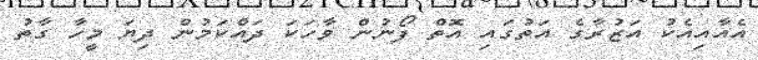
އެއާއިއެކު އަޒުރާގެ އަތުގައި އޮތް ފޯނުން ވާހަކަ ދައްކަމުން ދިޔަ މީހާ ގާތު